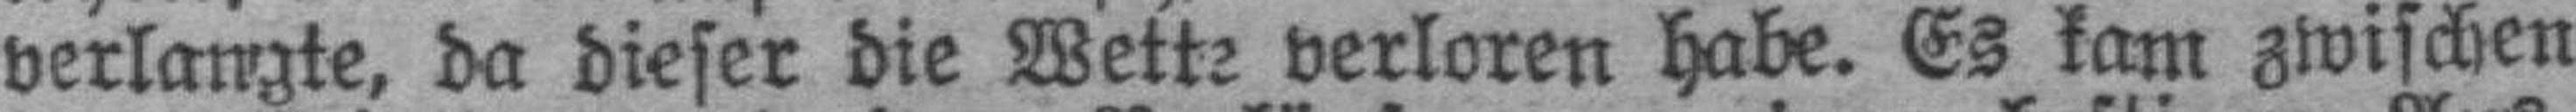
verlangte, da dieser die Wette verloren habe. Es kam zwischen